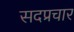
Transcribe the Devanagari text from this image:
सदप्रचार